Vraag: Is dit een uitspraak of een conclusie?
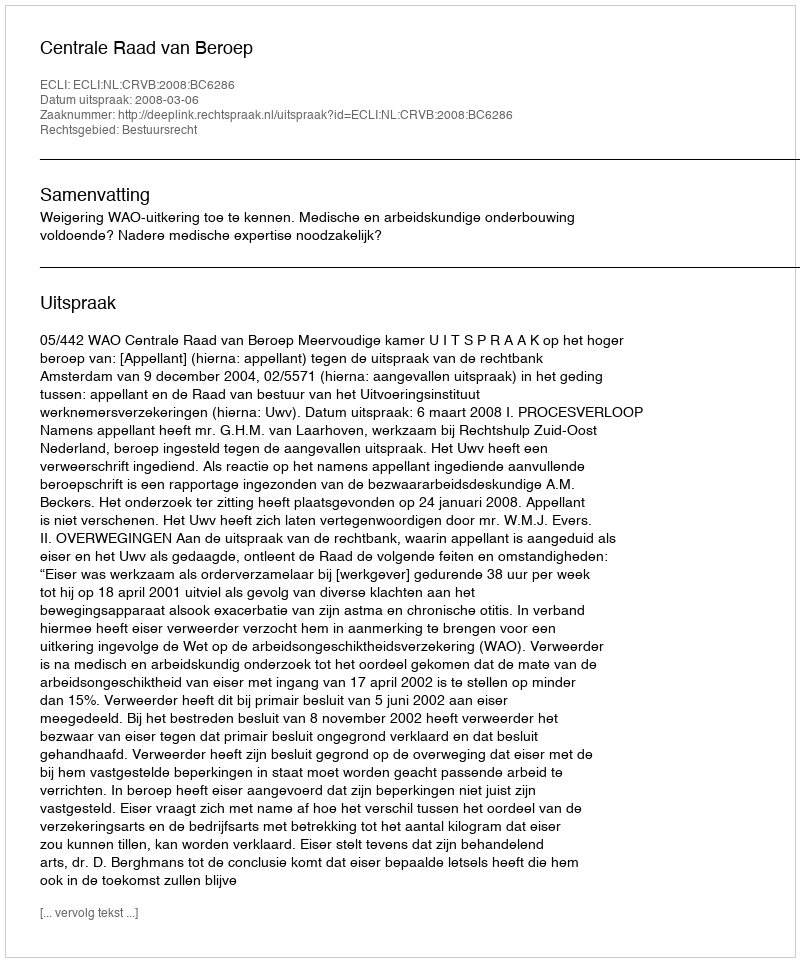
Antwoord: Uitspraak